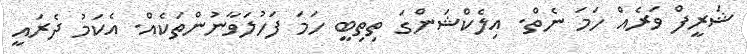
ޝަރީފް ވަރެއް ހަމަ ނެތް. އިލެކްޝަންގަ ތިތިބީ ހަމަ ފަހުލަވާނުންތަކެއް. އެކަމު ދެރައީ